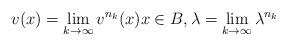
LaTeX: \begin{align*}v(x) = \lim_{k \to \infty }v^{n_k}(x) x \in B, \lambda = \lim_{k \to \infty} \lambda^{n_k} \end{align*}